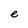
Character: e